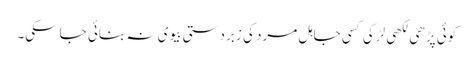
کوئی پڑھی لکھی لڑکی کسی جاہل مرد کی زبردستی بیوی نہ بنائی جاسکی۔